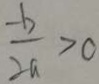
\frac { - b } { 2 a } > 0